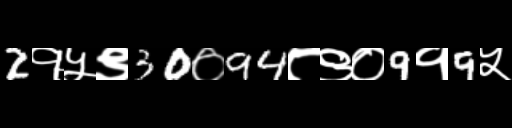
Text: 2१५९30०94८९०9१9५